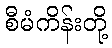
စီမံကိန်းတို့